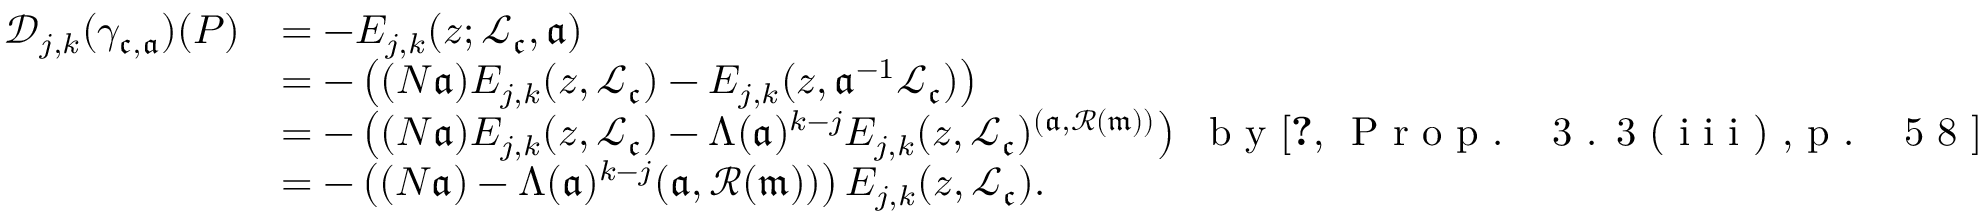
\begin{array} { r l } { \mathscr { D } _ { j , k } ( \gamma _ { \mathfrak c , \mathfrak a } ) ( P ) } & { = - E _ { j , k } ( z ; \mathcal { L } _ { \mathfrak c } , \mathfrak a ) } \\ & { = - \left( ( N \mathfrak a ) E _ { j , k } ( z , \mathcal { L } _ { \mathfrak c } ) - E _ { j , k } ( z , \mathfrak a ^ { - 1 } \mathcal { L } _ { \mathfrak c } ) \right) } \\ & { = - \left( ( N \mathfrak a ) E _ { j , k } ( z , \mathcal { L } _ { \mathfrak c } ) - \Lambda ( \mathfrak a ) ^ { k - j } E _ { j , k } ( z , \mathcal { L } _ { \mathfrak c } ) ^ { ( \mathfrak a , \mathscr { R } ( \mathfrak m ) ) } \right) \ \textrm { b y \cite [ P r o p . ~ 3 . 3 ( i i i ) , p . ~ 5 8 ] { d S 8 7 } } } \\ & { = - \left( ( N \mathfrak a ) - \Lambda ( \mathfrak a ) ^ { k - j } ( \mathfrak a , \mathscr { R } ( \mathfrak m ) ) \right) E _ { j , k } ( z , \mathcal { L } _ { \mathfrak c } ) . } \end{array}